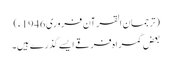
(ترجمان القرآن فروری 1946ء)
بعض گمراہ فرقے ایسے گذرے ہیں۔